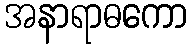
အနာရာဓကော